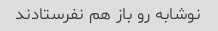
نوشابه رو باز هم نفرستادند